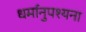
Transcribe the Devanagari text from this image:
धर्मानुपश्यना